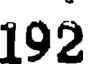
192